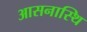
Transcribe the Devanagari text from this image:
आसनास्थि